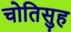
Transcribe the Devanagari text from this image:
चोतिसुह